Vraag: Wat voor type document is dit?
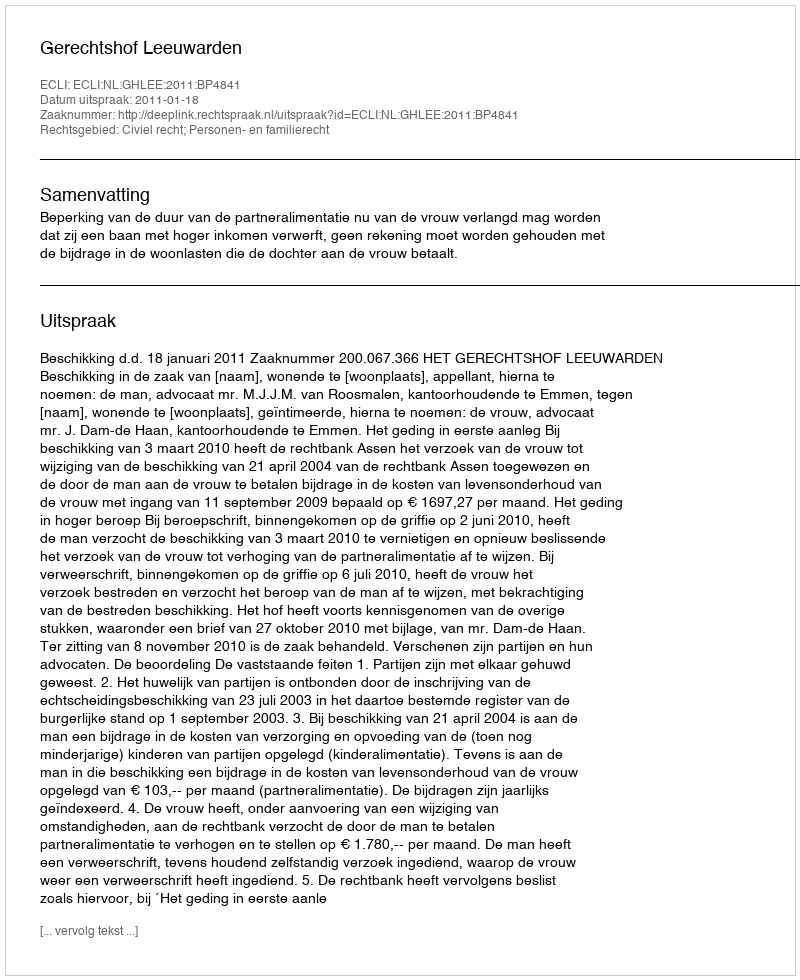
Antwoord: Uitspraak